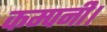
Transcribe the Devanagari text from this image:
कम्‍पनी।